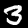
Label: 3